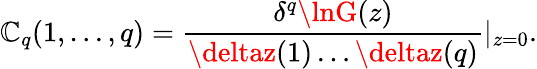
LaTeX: \mathbb{C}_{q}(1,\ldots,q)={\frac{{\delta^{q}\lnG(z)}}{{\deltaz(1)\ldots\deltaz(q)}}}|_{z=0}.